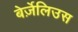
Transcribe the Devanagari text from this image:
बेर्ज़ेलिउस